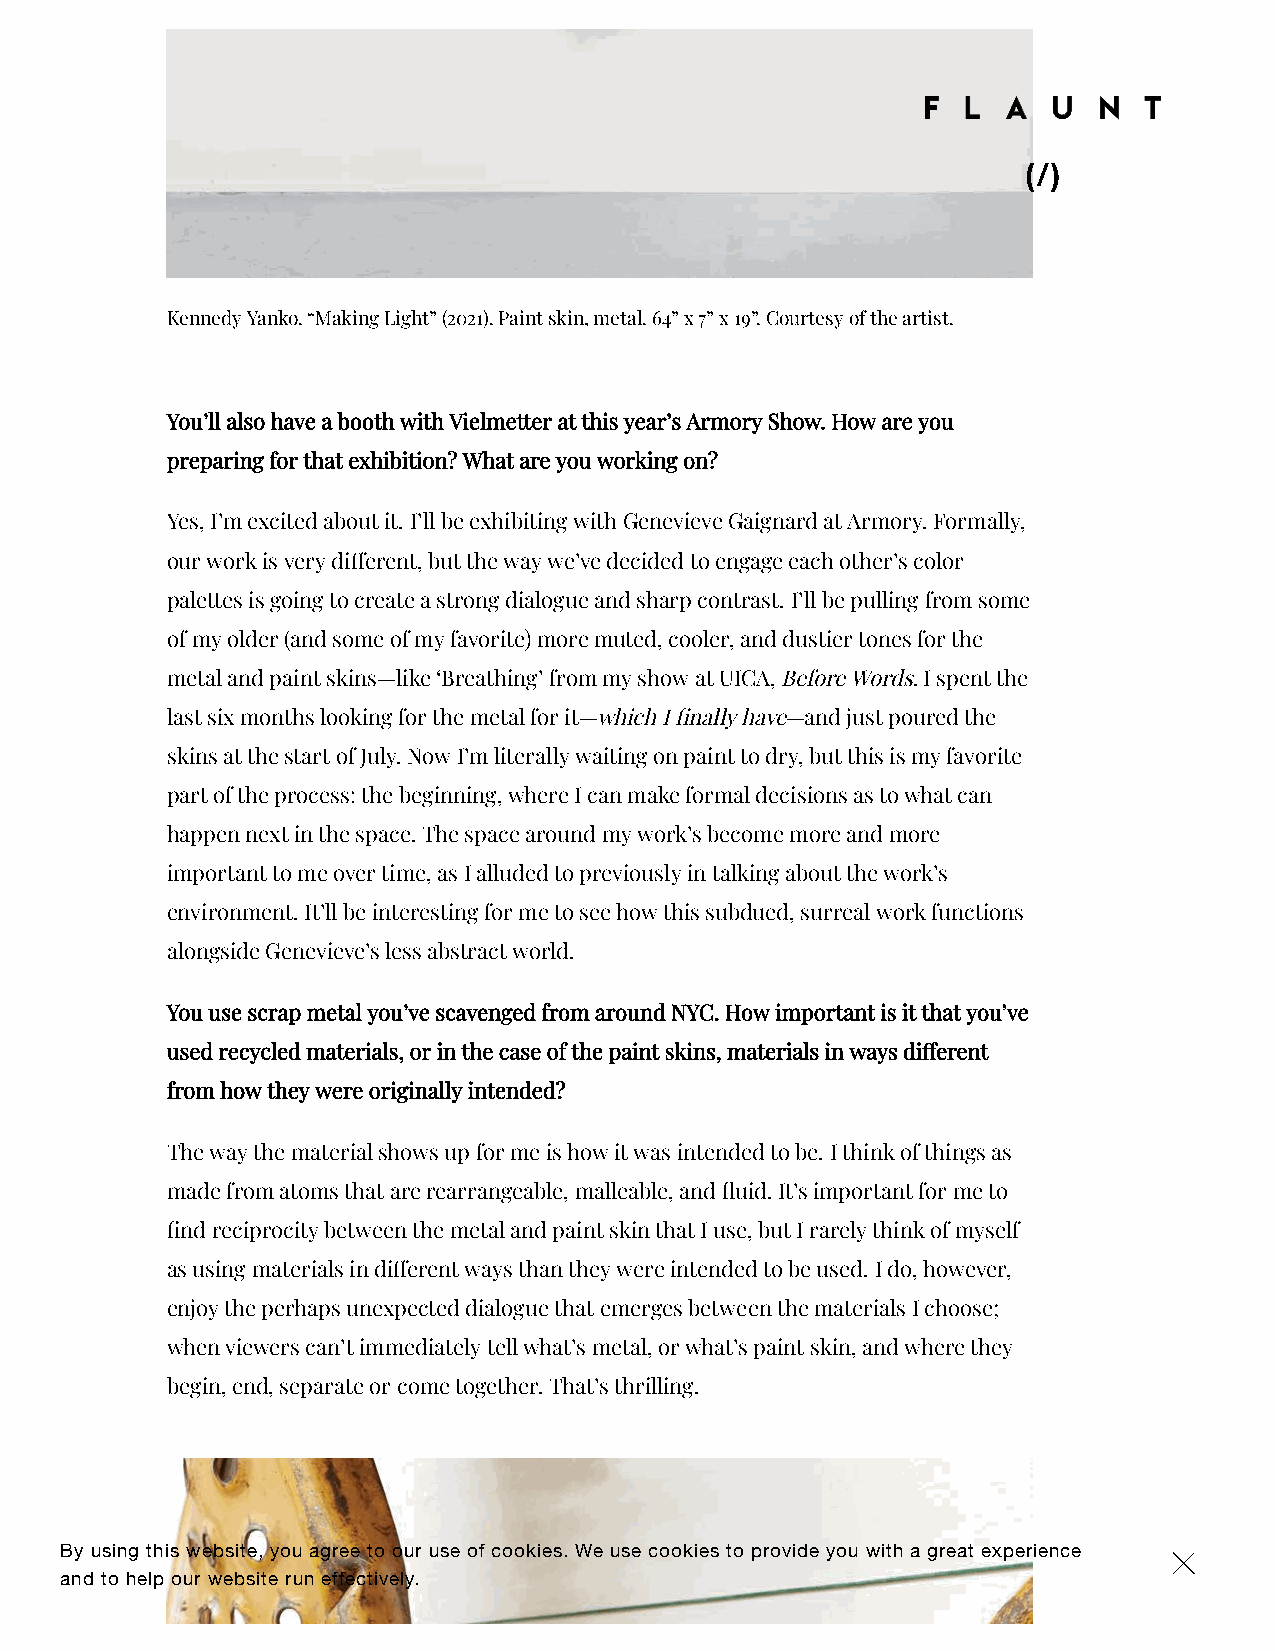
(/)
 Kennedy Yanko. “Making Light” (2021). Paint skin, metal. 64” x 7” x 19”. Courtesy of the artist.
 You’ll also have a booth with Vielmetter at this year’s Armory Show. How are you
 preparing for that exhibition? What are you working on?
 Yes, I’m excited about it. I’ll be exhibiting with Genevieve Gaignard at Armory. Formally,
 our work is very dierent, but the way we’ve decided to engage each other’s color
 palettes is going to create a strong dialogue and sharp contrast. I’ll be pulling from some
 of my older (and some of my favorite) more muted, cooler, and dustier tones for the
 metal and paint skins—like ‘Breathing’ from my show at UICA, Before Words. I spent the
 last six months looking for the metal for it—which I nally have—and just poured the
 skins at the start of July. Now I’m literally waiting on paint to dry, but this is my favorite
 part of the process: the beginning, where I can make formal decisions as to what can
 happen next in the space. The space around my work’s become more and more
 important to me over time, as I alluded to previously in talking about the work’s
 environment. It’ll be interesting for me to see how this subdued, surreal work functions
 alongside Genevieve’s less abstract world.
 You use scrap metal you’ve scavenged from around NYC. How important is it that you’ve
 used recycled materials, or in the case of the paint skins, materials in ways dierent
 from how they were originally intended?
 The way the material shows up for me is how it was intended to be. I think of things as
 made from atoms that are rearrangeable, malleable, and uid. It’s important for me to
 nd reciprocity between the metal and paint skin that I use, but I rarely think of myself
 as using materials in dierent ways than they were intended to be used. I do, however,
 enjoy the perhaps unexpected dialogue that emerges between the materials I choose;
 when viewers can’t immediately tell what’s metal, or what’s paint skin, and where they
 begin, end, separate or come together. That’s thrilling.
 By using this website, you agree to our use of cookies. We use cookies to provide you with a great experience ×
 and to help our website run effectively.